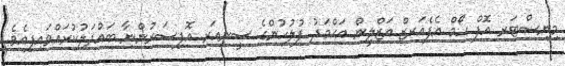
މިނިސްޓަރ އޮފް ހޯމް އެފެއަރޒް އަޒްލީން އަޙްމަދު ފުލުހުންގެ ސީނިއަރ އޮފިސަރުންނާ ބައްދަލުކުރައްވައިފިއެވެ.